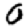
Digit: 0